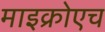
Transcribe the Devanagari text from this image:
माइक्रोएच